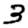
Digit: 3